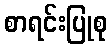
စာရင်းပြုစု